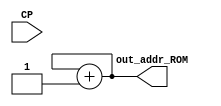
`timescale 1ns / 1ps
//////////////////////////////////////////////////////////////////////////////////
// Company: Universidad de Gualadajara
// 
// Design Name: CONT
// Module Name: CONT
// Project Name: Processor
// Target Devices: 
// Tool Versions: 
// Description: 
// 
// Dependencies: 
// 
// Revision:
// Revision 0.01 - File Created
// Additional Comments:
// 
//////////////////////////////////////////////////////////////////////////////////


module Count(
    // I/O
	input CP,
	output reg [3:0] out_addr_ROM
);
    
    reg [3:0] auxout_addr_ROM = 4'b1111;
    
    always@(CP)
    begin
        auxout_addr_ROM <= auxout_addr_ROM + 1;
        out_addr_ROM <= auxout_addr_ROM;
    end
endmodule